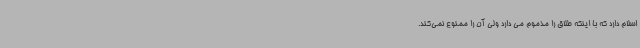
اسلام دارد که با اینکه طلاق را مذموم می دارد ولی آن را ممنوع نمی‌کند.